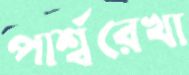
পার্শ্বরেখা